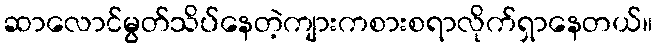
ဆာလောင်မွတ်သိပ်နေတဲ့ကျားကစားစရာလိုက်ရှာနေတယ်။